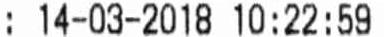
: 14-03-2018 10:22:59